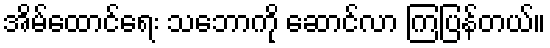
အိမ်ထောင်ရေး သဘောကို ဆောင်လာ ကြပြန်တယ်။